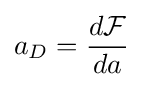
a_{D}={\frac {d{\mathcal {F}}}{da}}